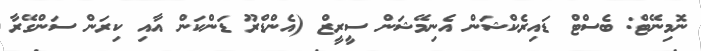
ނޮމިނޭޓް: ބެސްޓް ޑައިރެކްޝަން އެނިމޭޝަން ސީރީޒް (އެންޑްރޫ ޑަންކަން އާއި ކިރަން ސަންގޭރާ